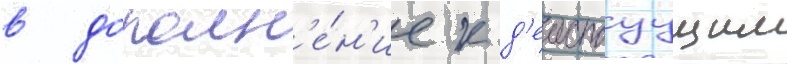
в дополн'е́н'ие к д'еиствуущим